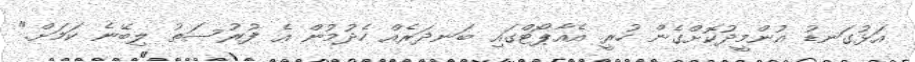
އަޅުގަނޑު އުންމީދުކޮށްގެން ހުރީ އެއާޕޯޓްގައި ބަނދަރެއް ހެދުމުން އެ ފުރުސަތު ލިބޭނެ ކަމަށް."